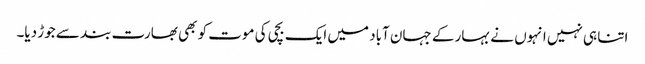
اتنا ہی نہیں انہوں نے بہار کے جہان آباد میں ایک بچی کی موت کو بھی بھارت بند سے جوڑ دیا۔